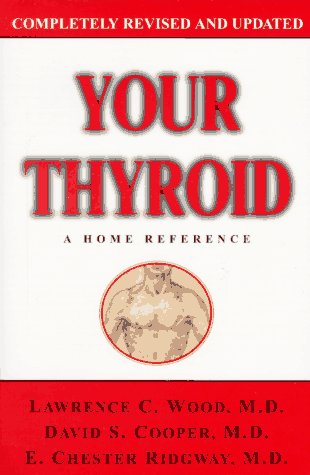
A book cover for Your Thyroid; Chester Ridgway; Health, Fitness & Dieting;